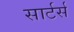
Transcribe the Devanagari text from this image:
सार्टर्स